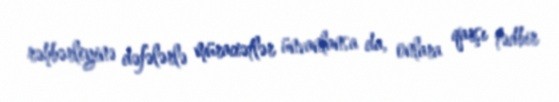
rəhbərliyinə dəfələrlə müraciətlər ünvanlansa da, onlara qarşı tədbir